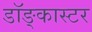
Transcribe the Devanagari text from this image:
डॉङ्कास्टर